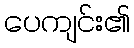
ပေကျင်း၏